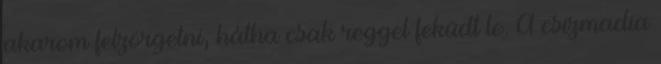
akarom felzörgetni, hátha csak reggel feküdt le. A csizmadia